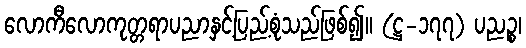
လောကီလောကုတ္တရာပညာနှင့်ပြည့်စုံသည်ဖြစ်၍။ (ဋ္ဌ-၁၇၇) ပညဉ္စ၊